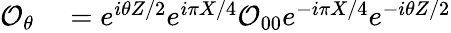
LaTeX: \begin{array}{rl}{\mathcal{O}_{\theta}}&{{}=e^{i\theta Z/2}e^{i\pi X/4}\mathcal{O}_{00}e^{-i\pi X/4}e^{-i\theta Z/2}}\end{array}